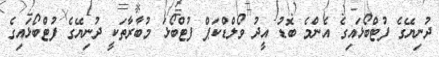
ދުނިޔޭގެ ފުޓްބޯޅައިގެ އެންމެ ބޮޑު އީދު ވޯލްޑްކަޕް ފުޓްބޯޅަ މުބާރާތަކީ ދުނިޔޭގެ ފުޓްބޯޅައިގެ